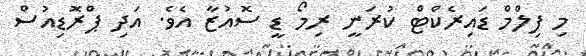
މި ފިލްމް ޑައިރެކްޓް ކުރަނީ ރިމޯ ޑީ ސޮއުޒާ އެވެ. އަދި ޕްރޮޑިއުސް